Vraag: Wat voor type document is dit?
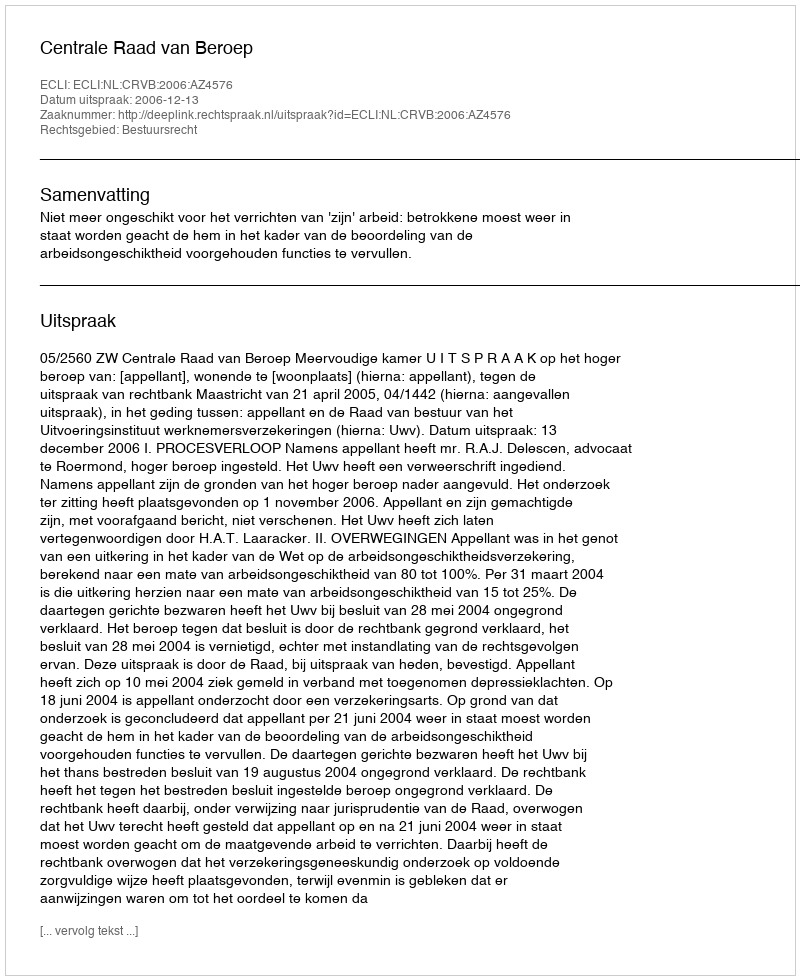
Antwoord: Uitspraak